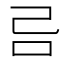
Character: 𠮯